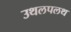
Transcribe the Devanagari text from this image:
उथलपलथ